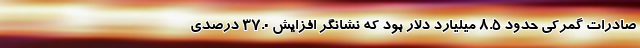
صادرات گمرکی حدود ۸.۵ میلیارد دلار بود که نشانگر افزایش ۳۷.۰ درصدی